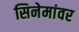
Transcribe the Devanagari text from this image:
सिनेमांवर